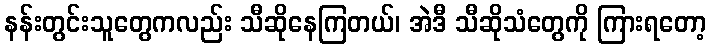
နန်းတွင်းသူတွေကလည်း သီဆိုနေကြတယ်၊ အဲဒီ သီဆိုသံတွေကို ကြားရတော့